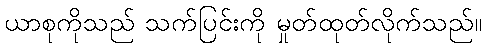
ယာစုကိုသည် သက်ပြင်းကို မှုတ်ထုတ်လိုက်သည်။